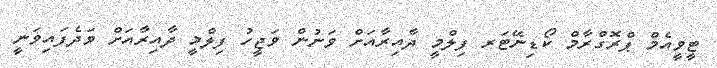
ޓީވީއެމް ޕްރޮގްރާމް ކޯޑިނޭޓަރ ފިލްމީ ދާއިރާއަށް ވަނުން ވަޖީހު ފިލްމީ ދާއިރާއަށް ވަދެފައިވަނީ